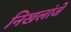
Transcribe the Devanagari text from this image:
निखलांजे